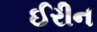
ઈરીન